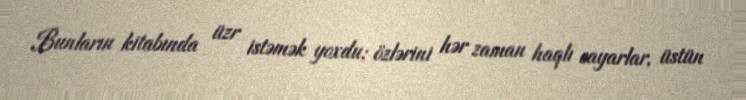
Bunların kitabında üzr istəmək yoxdu; özlərini hər zaman haqlı sayarlar, üstün